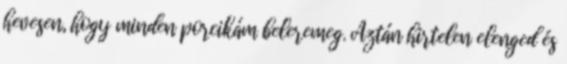
hevesen, hogy minden porcikám beleremeg. Aztán hirtelen elenged és